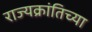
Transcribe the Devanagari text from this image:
राज्यक्रांतिच्या